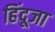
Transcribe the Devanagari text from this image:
हिंदूजा